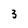
Character: 3